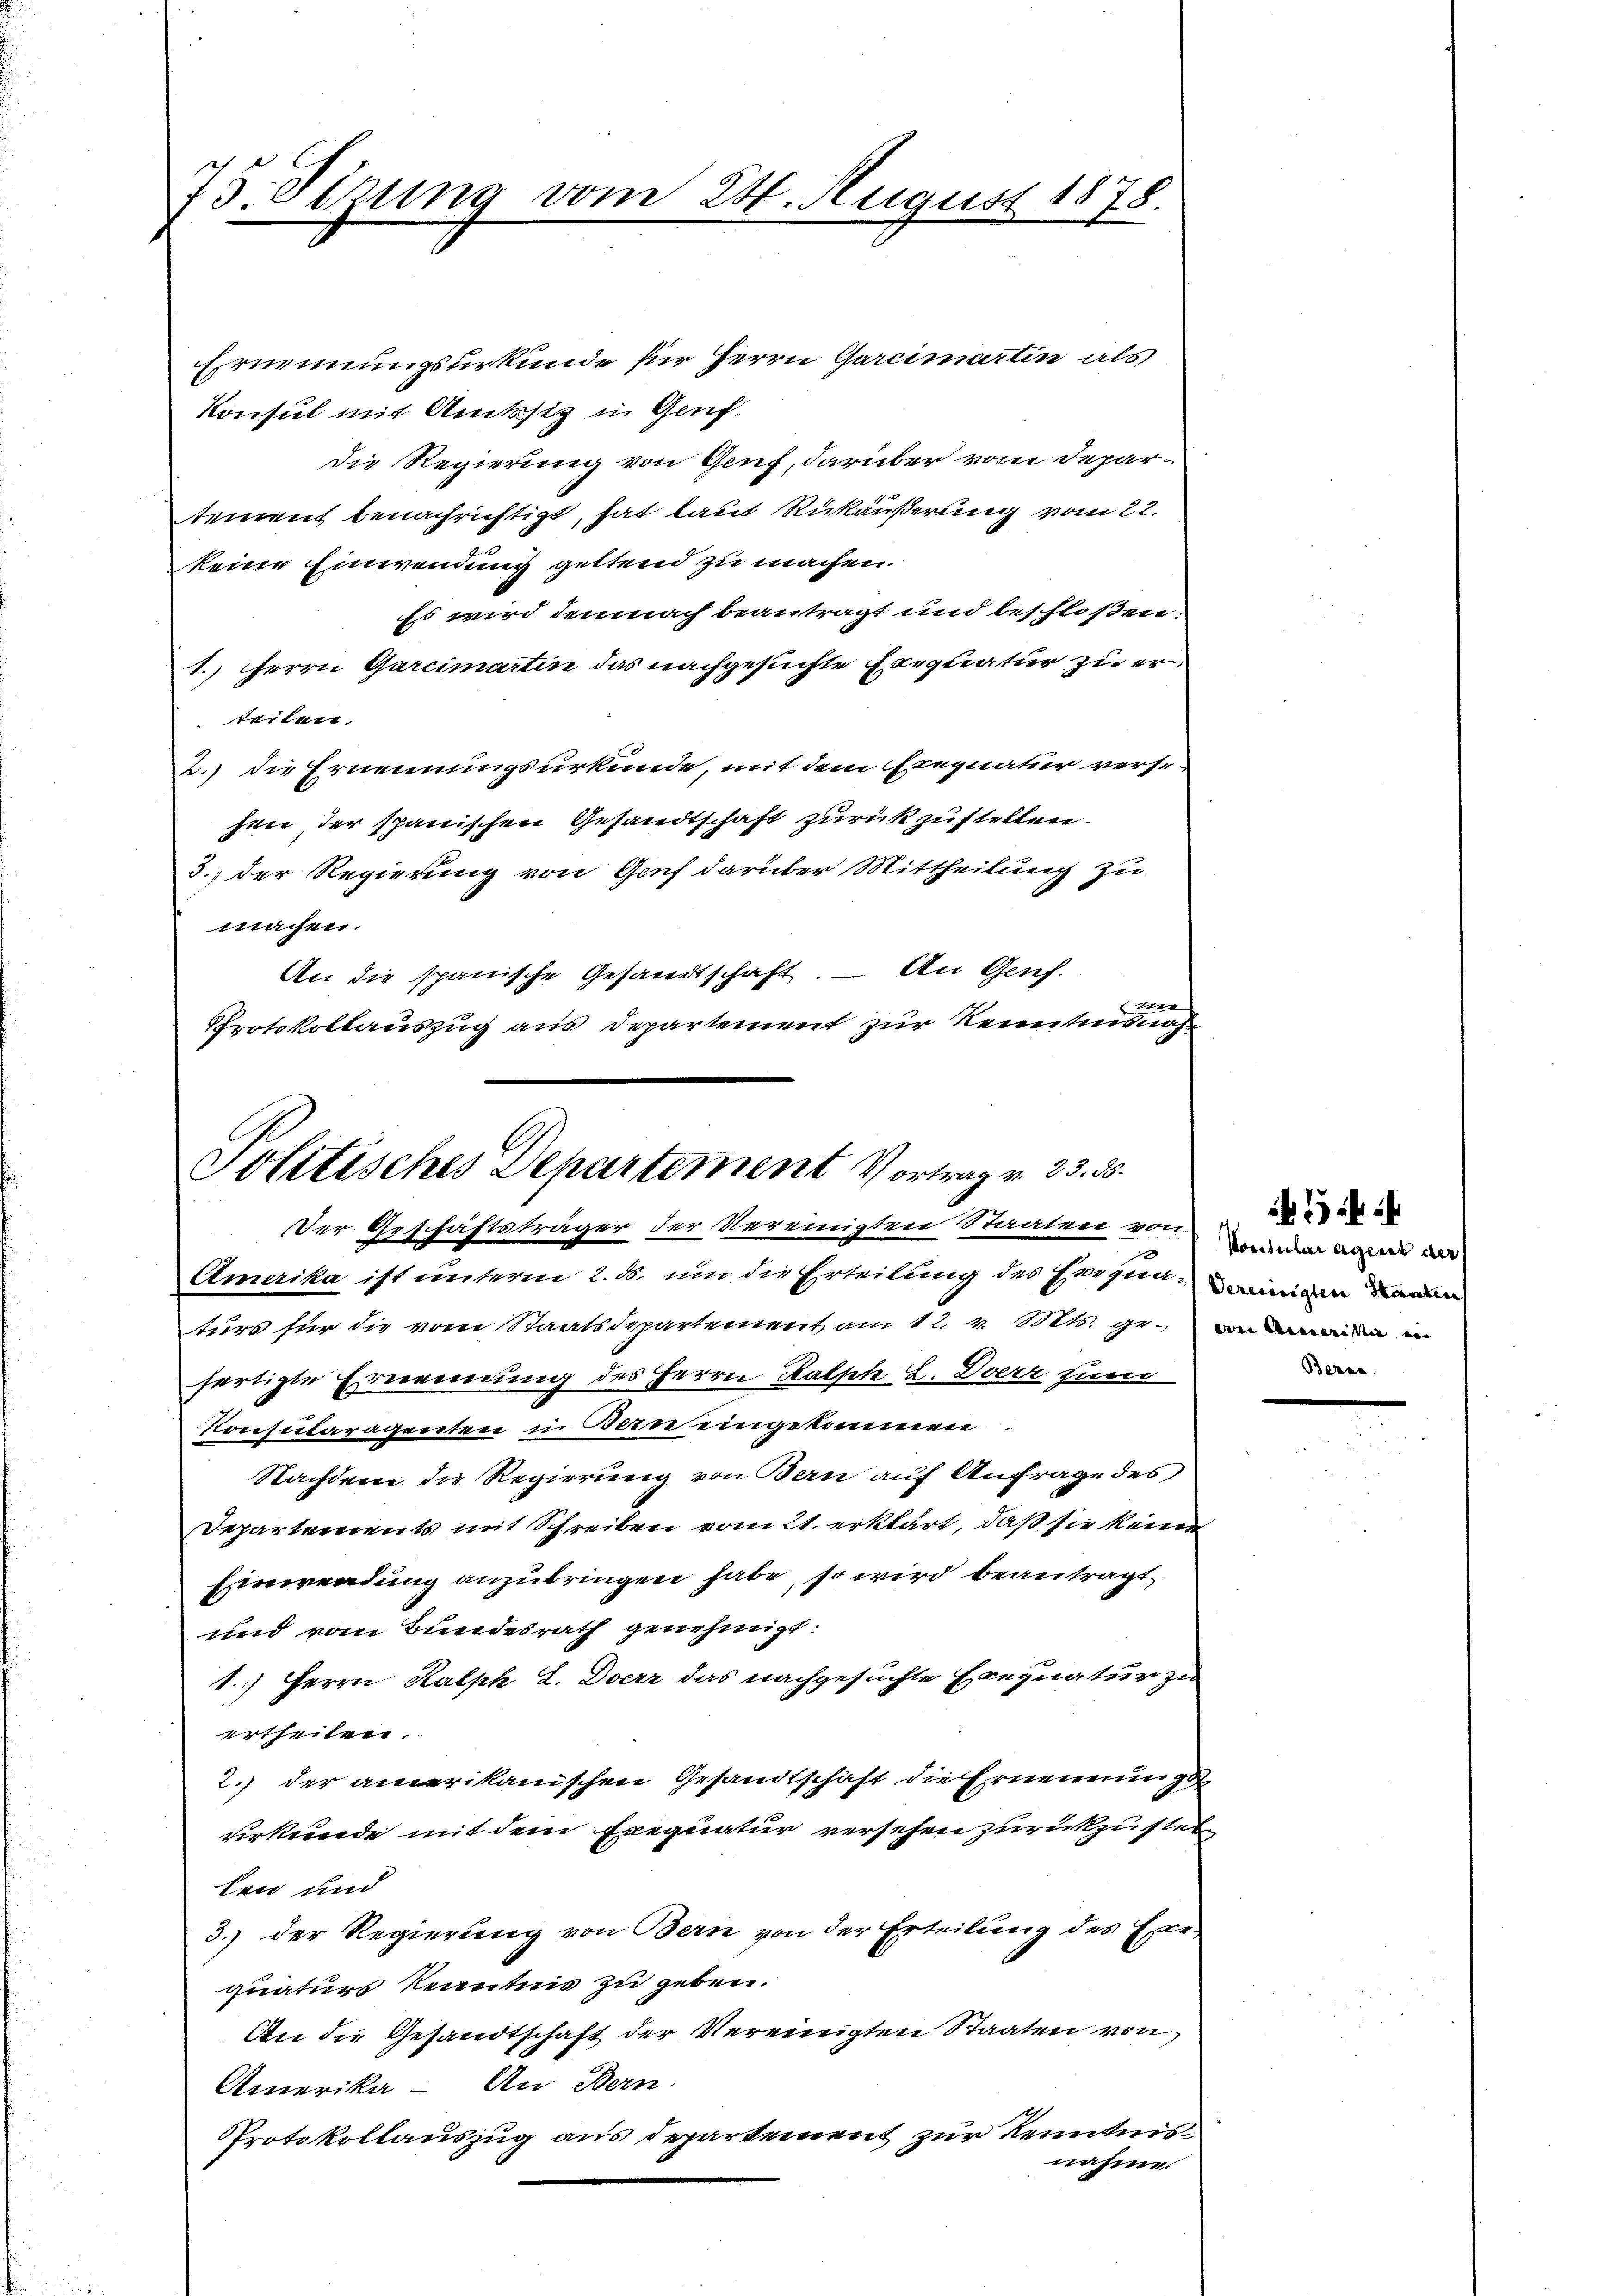
75 Sizung vom

Politisches Departement Vortrag v. 23. 55.
Der Geschäftsträger der Vereinigten Staaten von werden an d
Amerika ist unterm 2. ds. um die Erteilung des Herzen einigen Banden
turs für die vom Staatsdepartement am 12. v. Mts. ge¬

24. August 1878
2

Ernennungsurkunde für Herrn Garcimartin als
Konsul mit Amtssitz in Genf.
Die Regierung von Genf, darüber vom Departement benachrichtigt, hat laut Rükäußerung vom 22.
keine Einwendung geltend zu machen.
Es wird demnach beantragt und beschloßen
1.) Herrn Garcimartin das nachgesuchte Exequatur zu er
teilen.
2.) die Ernennungsurkunde, mit dem Exequatur verse-
hen, der spanischen Gesandtschaft zurückzustellen.
3.) Der Regierung von Genf darüber Mittheilung zu
machen.
An die spanische Gesandtschaft. – An Genf.

Protokollauszug aus Departement zur Kenntnisnah

fertigte Ernennung des Herrn Kalph L. Derr zum
Konsularagenten in Bern eingekommen
Nachdem die Regierung von Bern auf Anfrage des
Departements mit Schreiben vom 21. erklärt, daß sie keine
Einwendung anzubringen habe, so wird beantragt
und vom Bundesrath genehmigt.
1.) Herrn Kalph L. Derz das nachgesuchte Exequatur zu
ertheilen.
2.) der amerikanischen Gesandtschaft die Ernennungs
vrkunde mit dem Exequatur versehen zurückzustel
ten und
3.) Der Regierung von Bern von der Erteilung des Exe-
quaturs Kenntnis zu geben.
An die Gesandtschaft der Vereinigten Staaten von
Amerika - An Bern.
Protokollauszug aus departement zur Kenntnis
nahme.

14
Berce